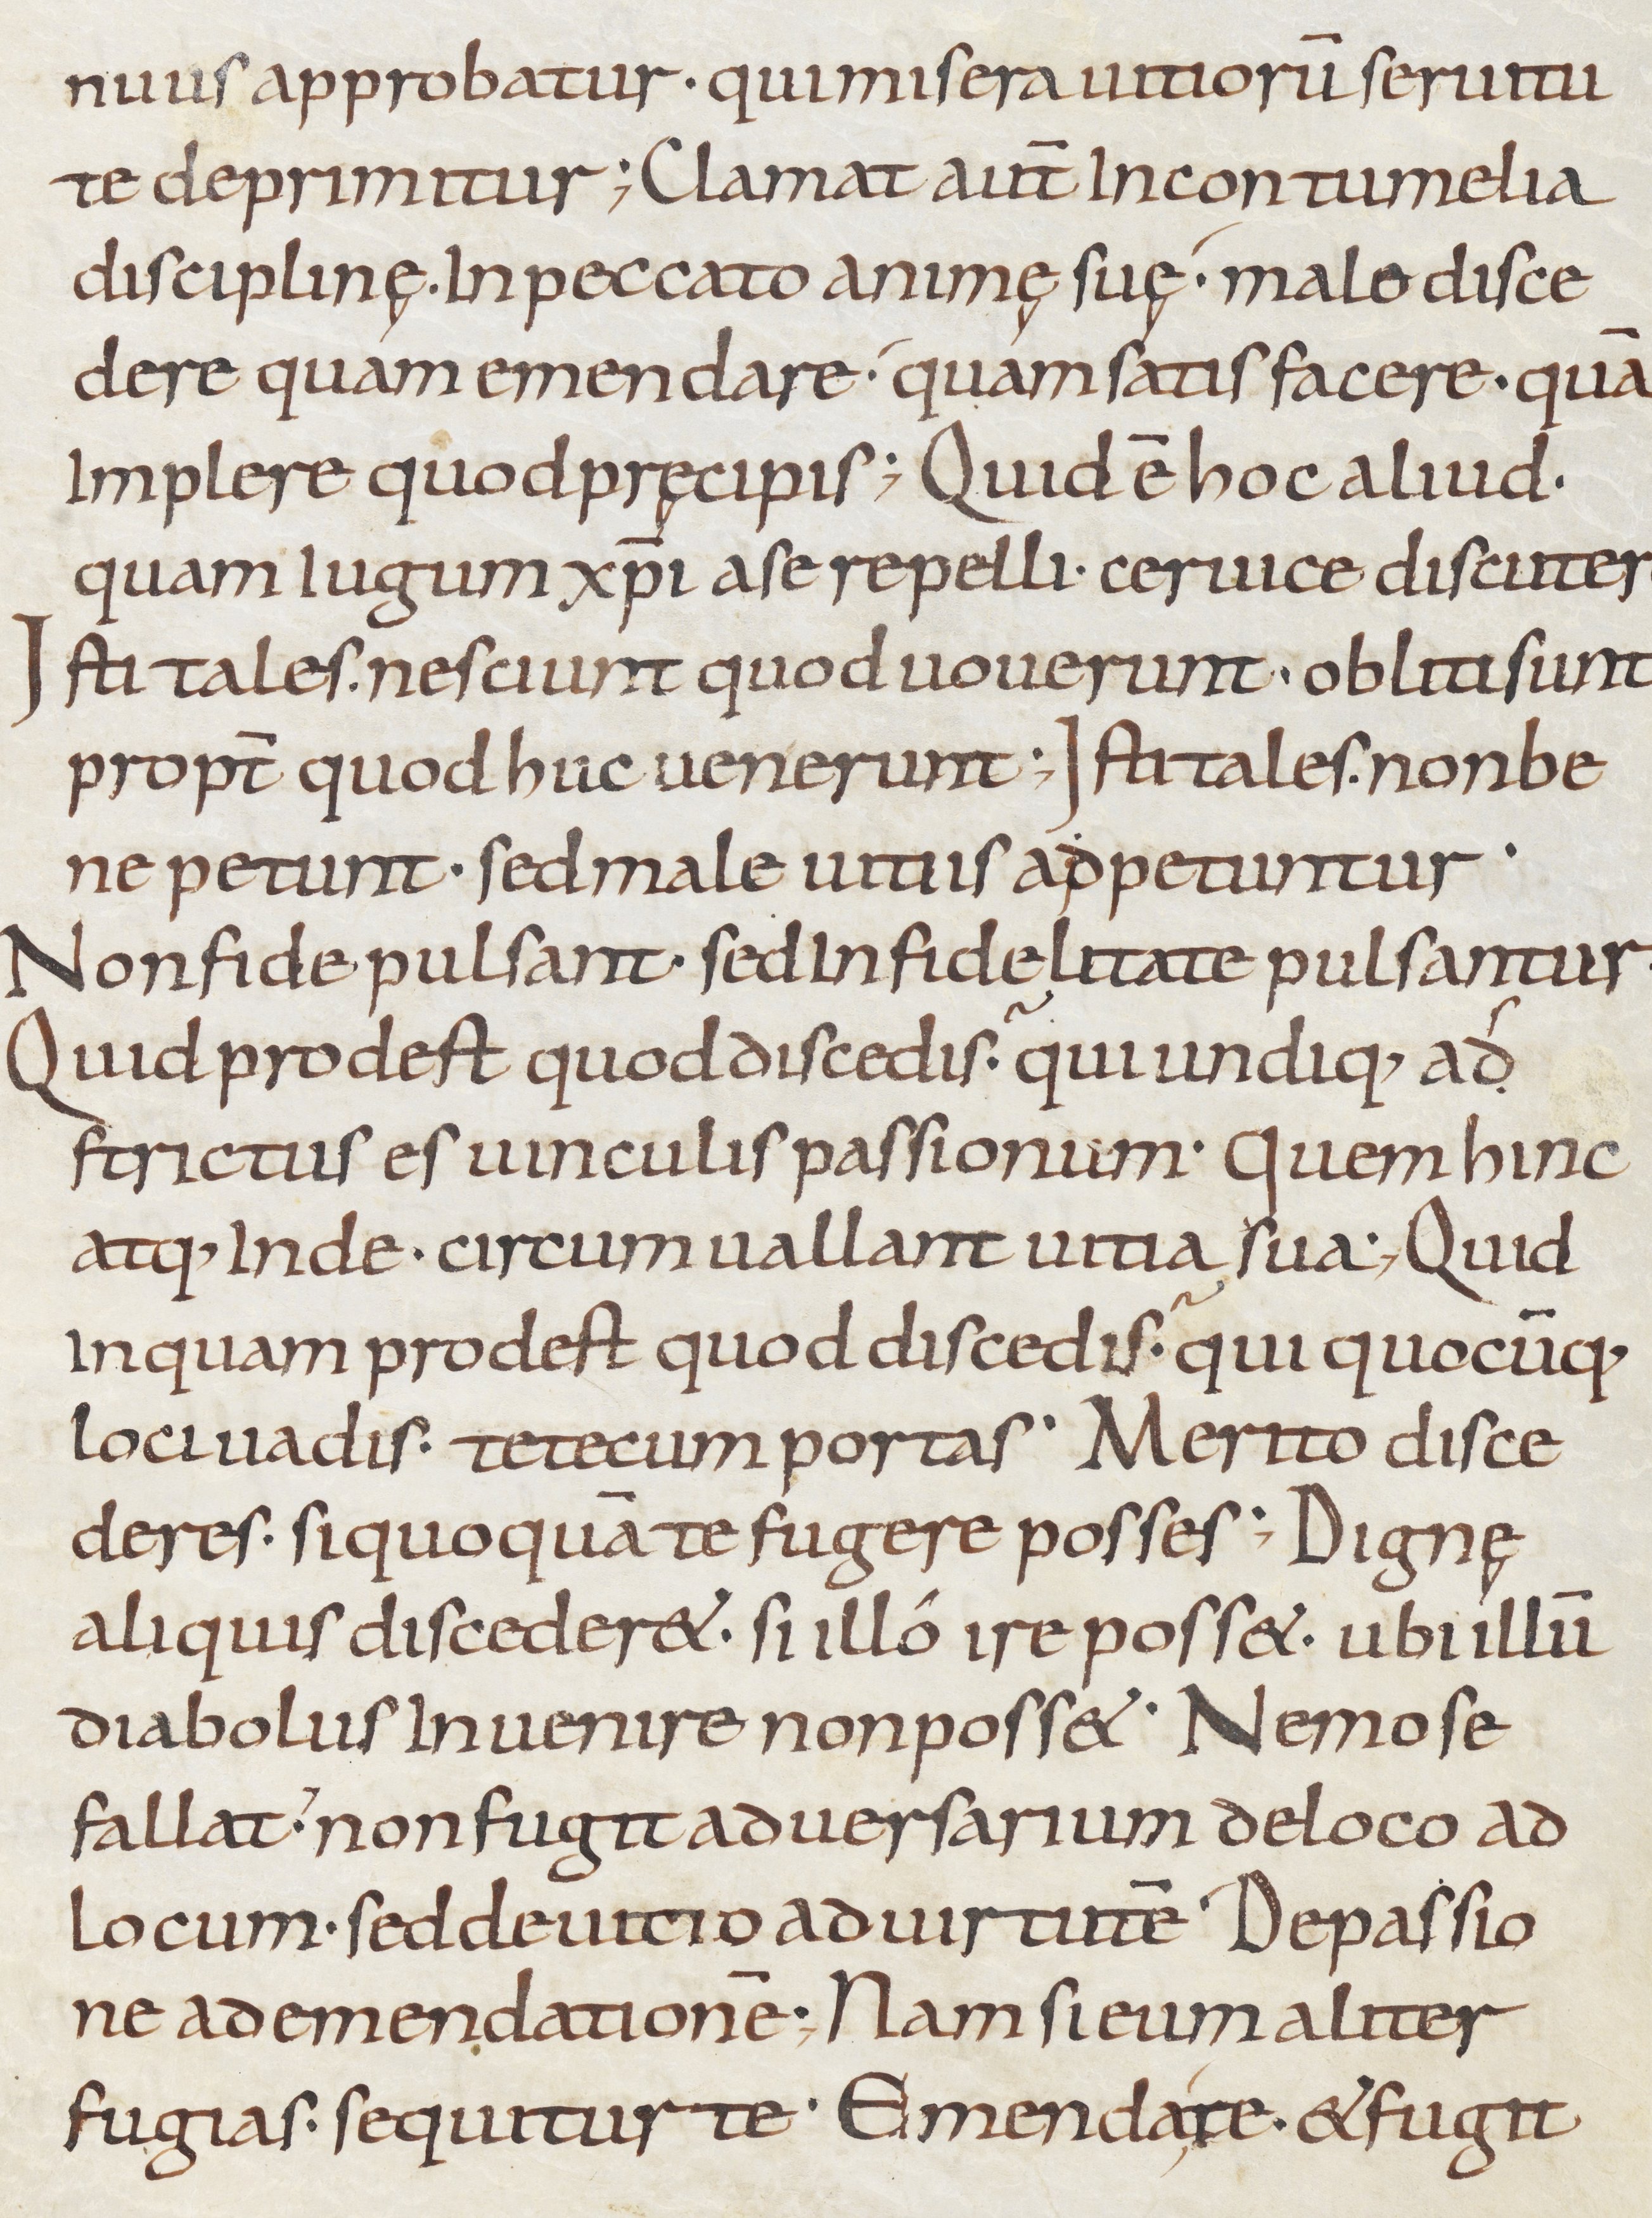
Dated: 800–899